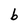
Character: b